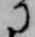
に